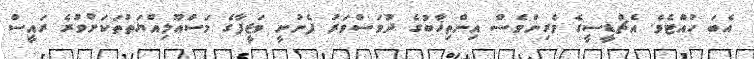
އެބަ ހުއްޓެވެ. އެޗްޑީސީގެ ވެރިންވެސް އިންތިޚާބުގެ ދުވަސްވަރު ފެނުނީ ވަޒީފާގެ މަސްއޫލިއްޔަތުތަކަށްވުރެ ރައީސް